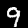
Label: 9